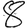
Digit: 8